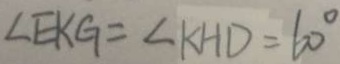
\angle E K G = \angle K H D = 6 0 ^ { \circ }